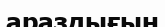
араздығын